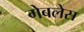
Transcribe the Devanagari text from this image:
गेबलेस